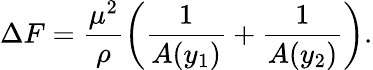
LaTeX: \Delta F=\frac{\mu^{2}}{\rho}\left(\frac{1}{A(y_{1})}+\frac{1}{A(y_{2})}\right).